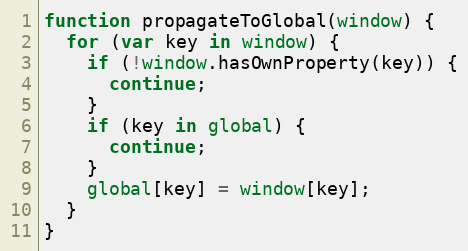
Language: JavaScript
function propagateToGlobal(window) {
  for (var key in window) {
    if (!window.hasOwnProperty(key)) {
      continue;
    }
    if (key in global) {
      continue;
    }
    global[key] = window[key];
  }
}